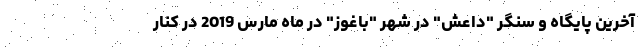
آخرین پایگاه و سنگر "داعش" در شهر "باغوز" در ماه مارس 2019 در کنار